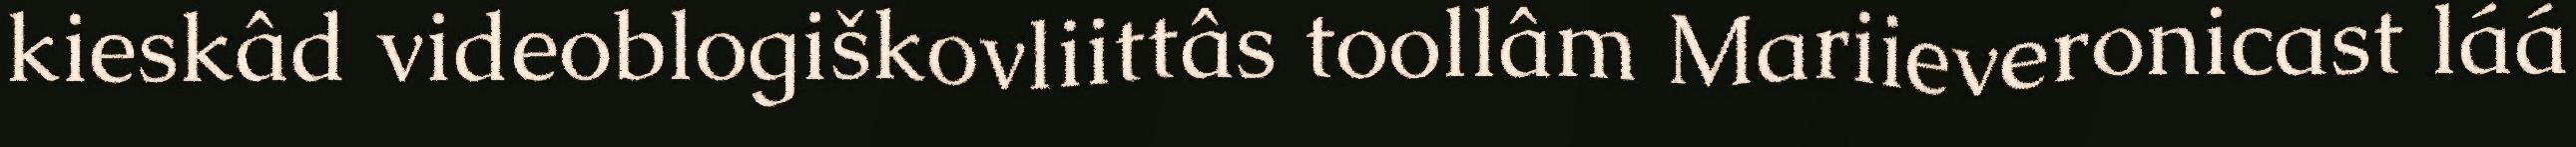
kieskâd videoblogiškovliittâs toollâm Mariieveronicast láá